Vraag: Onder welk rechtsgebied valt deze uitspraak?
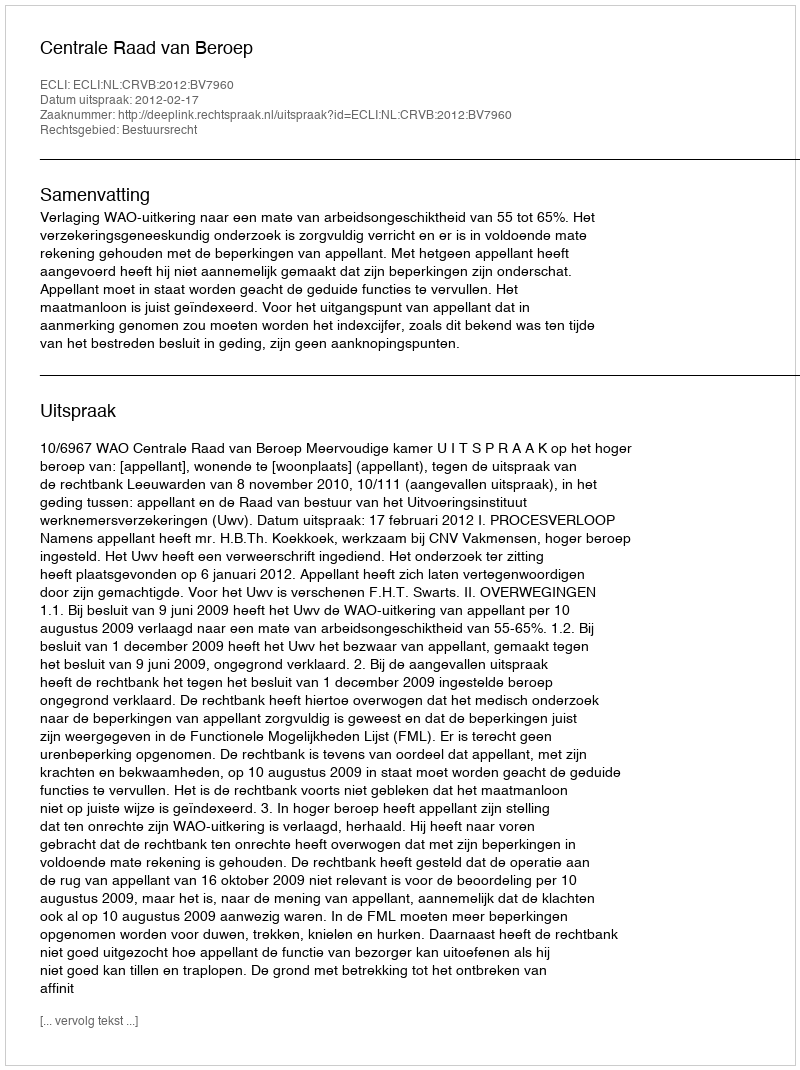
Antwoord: Bestuursrecht